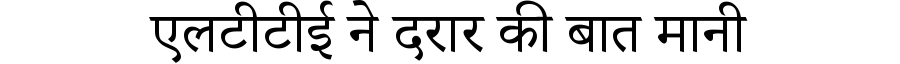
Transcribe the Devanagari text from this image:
एलटीटीई ने दरार की बात मानी